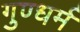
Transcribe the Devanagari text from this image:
गुण्धर्म